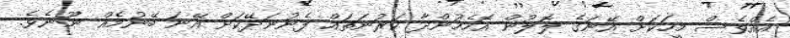
އެއްވެސް މީހަކަށް އޭނަގެ ލޮލުން އޮހެމުންދާ ކަރުނަތައް ފެނުނަދޭކަށް އޭނަ ބޭނުމެއް ނޫނެވެ.